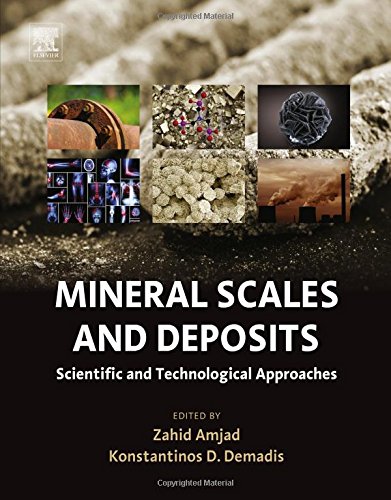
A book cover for Mineral Scales and Deposits: Scientific and Technological Approaches; Science & Math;